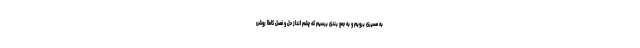
به مسیری برویم و به جمع بندی برسیم که چشم انداز حل و فصل کاملا روشن